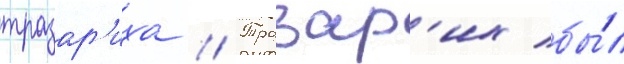
тразар'иха // Тразар'их бы́л